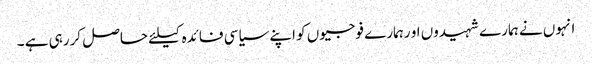
انہوں نے ہمارے شہیدوں او رہمارے فوجیوں کو اپنے سیاسی فائدہ کیلئے حاصل کررہی ہے ۔